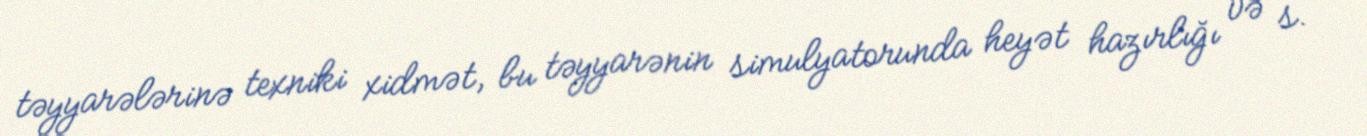
təyyarələrinə texniki xidmət, bu təyyarənin simulyatorunda heyət hazırlığı və s.